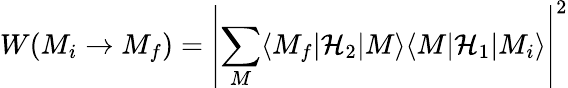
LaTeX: W(M_{i}\rightarrow M_{f})=\left|\sum_{M}\langle M_{f}|{\mathcal{H}}_{2}|M\rangle\langle M|{\mathcal{H}}_{1}|M_{i}\rangle\right|^{2}